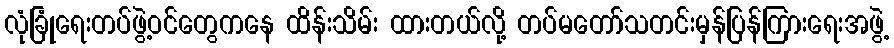
လုံခြုံရေးတပ်ဖွဲ့ဝင်တွေကနေ ထိန်းသိမ်း ထားတယ်လို့ တပ်မတော်သတင်းမှန်ပြန်ကြားရေးအဖွဲ့